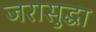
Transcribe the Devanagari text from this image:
जरासुद्धा